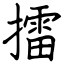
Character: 擂